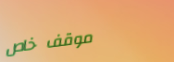
موقف خاص